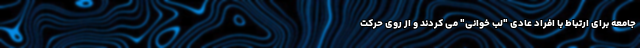
جامعه برای ارتباط با افراد عادی "لب خوانی" می کردند و از روی حرکت